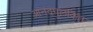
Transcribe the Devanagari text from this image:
आनंदपुलकित